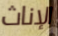
الإناث